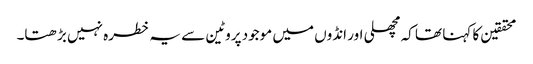
محققین کا کہنا تھا کہ مچھلی اور انڈوں میں موجود پروٹین سے یہ خطرہ نہیں بڑھتا۔